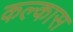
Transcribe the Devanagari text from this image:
कल्कास